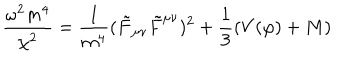
LaTeX: \frac { \omega ^ { 2 } m ^ { 4 } } { \chi ^ { 2 } } = \frac { 1 } { m ^ { 4 } } ( \tilde { F } _ { \mu \nu } \tilde { F } ^ { \mu \nu } ) ^ { 2 } + \frac { 1 } { 3 } ( V ( \varphi ) + M )